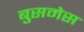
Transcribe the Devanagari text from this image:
बुसमेस